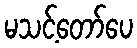
မသင့်တော်ပေ